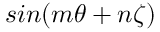
s i n ( m \theta + n \zeta )